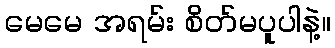
မေမေ အရမ်း စိတ်မပူပါနဲ့။